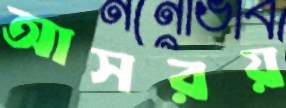
আসরয়